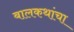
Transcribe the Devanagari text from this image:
बालकथांचा